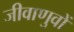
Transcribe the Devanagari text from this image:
जीवाणुवों